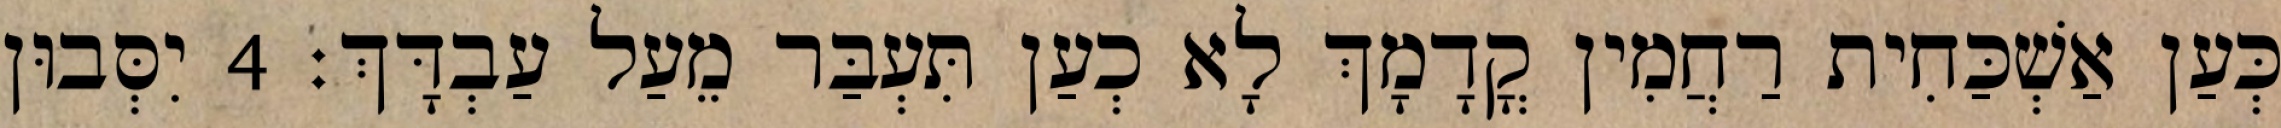
כְּעַן אַשְׁכַּחִית רַחֲמִין קֳדָמָךְ לָא כְעַן תִּעְבַּר מֵעַל עַבְדָּךְ׃ 4 יִסְּבוּן